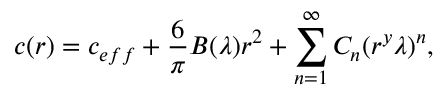
c ( r ) = c _ { e f f } + \frac { 6 } { \pi } B ( \lambda ) r ^ { 2 } + \sum _ { n = 1 } ^ { \infty } { C } _ { n } ( r ^ { y } \lambda ) ^ { n } ,